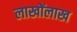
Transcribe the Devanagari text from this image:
लाखोंलाख